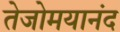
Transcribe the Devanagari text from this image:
तेजोमयानंद